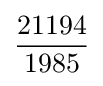
{\frac {21194}{1985}}